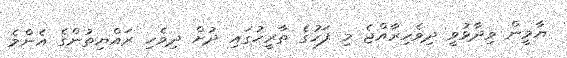
ޔާމީން ވިދާޅުވީ ދިވެހިރާއްޖެ މި ފަހުގެ ތާރީހުގައި ދުށް ދިވެހި ރައްޔިތުންގެ އެންމެ